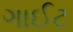
ગાઈટ